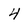
Character: 4